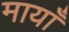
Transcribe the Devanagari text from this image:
मायाँ